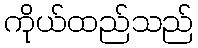
ကိုယ်ထည်သည်